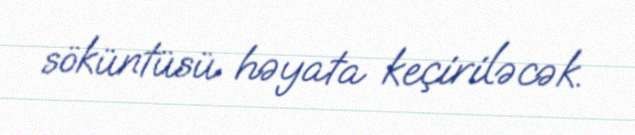
söküntüsü həyata keçiriləcək.